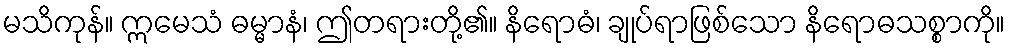
မသိကုန်။ ဣမေသံ ဓမ္မာနံ၊ ဤတရားတို့၏။ နိရောဓံ၊ ချုပ်ရာဖြစ်သော နိရောဓသစ္စာကို။